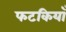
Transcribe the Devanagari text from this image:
फटकियाँ